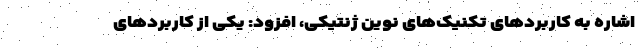
اشاره به کاربردهای تکنیک‌های نوین ژنتیکی، افزود: یکی از کاربردهای